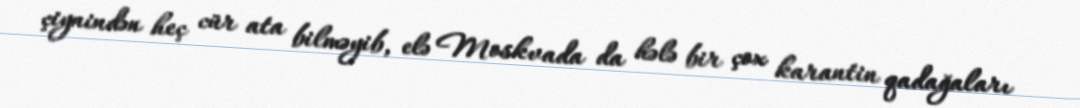
çiynindən heç cür ata bilməyib, elə Moskvada da hələ bir çox karantin qadağaları